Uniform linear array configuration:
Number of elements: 64
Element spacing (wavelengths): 0.25
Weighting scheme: blackman
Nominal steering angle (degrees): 60
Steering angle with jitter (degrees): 59.336
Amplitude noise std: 0.05
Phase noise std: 0.05

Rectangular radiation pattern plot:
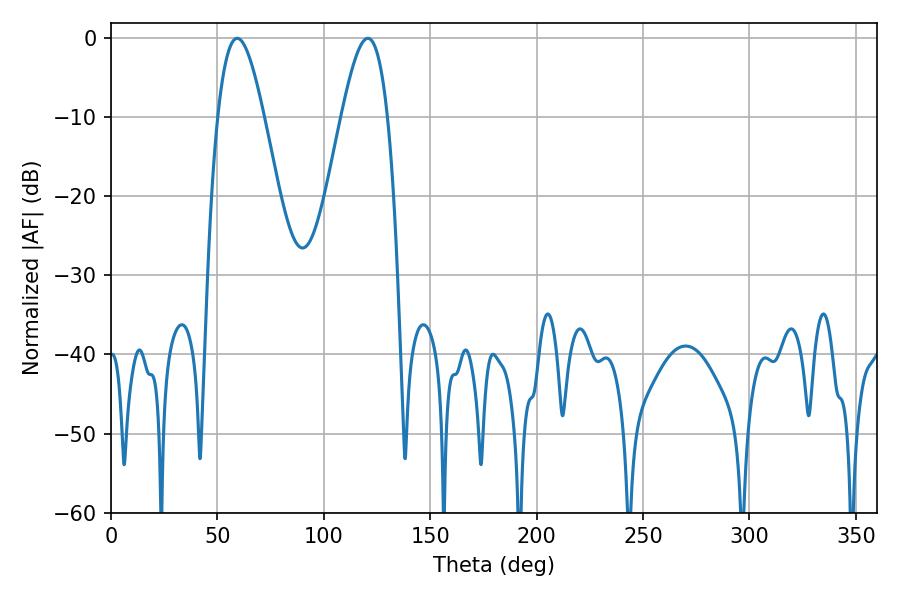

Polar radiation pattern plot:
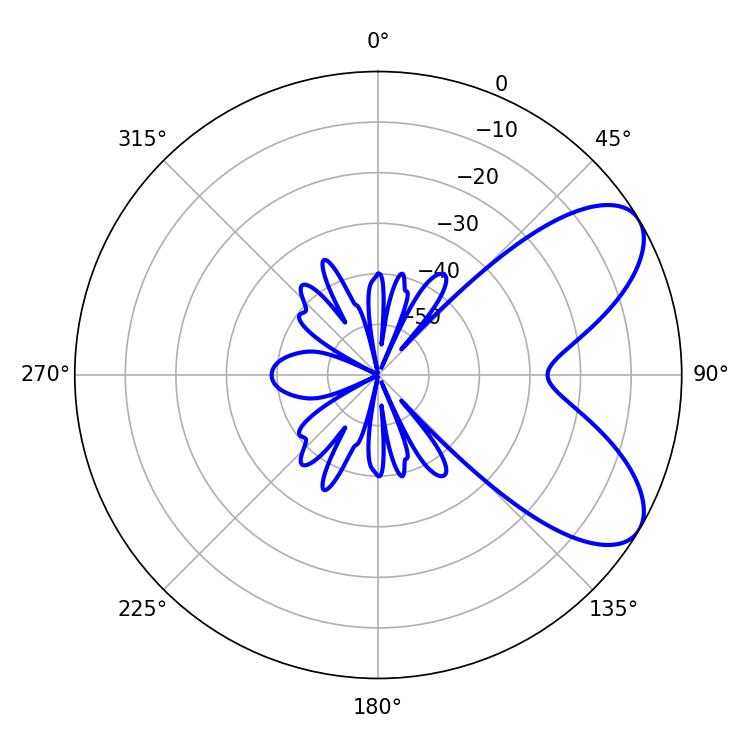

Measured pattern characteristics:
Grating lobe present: FALSE
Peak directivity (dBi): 7.133
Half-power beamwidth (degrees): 11.7
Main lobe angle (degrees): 59.22